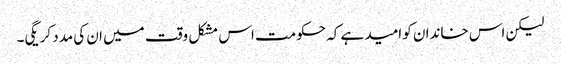
لیکن اس خاندان کو امید ہے کہ حکومت اس مشکل وقت میں ان کی مدد کریگی۔